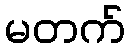
မတက်